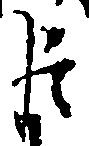
臣